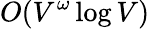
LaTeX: O(V^{\omega}\log V)